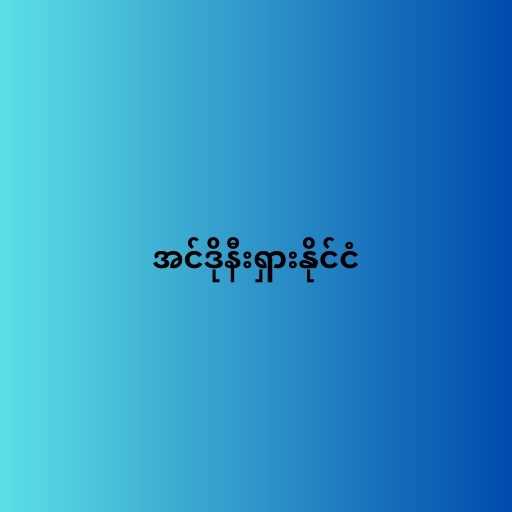
အင်ဒိုနီးရှားနိုင်ငံ